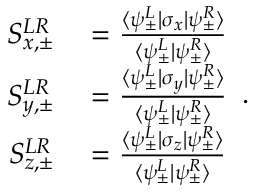
\begin{array} { r l } { S _ { x , \pm } ^ { L R } } & { { } = \frac { \langle \psi _ { \pm } ^ { L } | \sigma _ { x } | \psi _ { \pm } ^ { R } \rangle } { \langle \psi _ { \pm } ^ { L } | \psi _ { \pm } ^ { R } \rangle } } \\ { S _ { y , \pm } ^ { L R } } & { { } = \frac { \langle \psi _ { \pm } ^ { L } | \sigma _ { y } | \psi _ { \pm } ^ { R } \rangle } { \langle \psi _ { \pm } ^ { L } | \psi _ { \pm } ^ { R } \rangle } } \\ { S _ { z , \pm } ^ { L R } } & { { } = \frac { \langle \psi _ { \pm } ^ { L } | \sigma _ { z } | \psi _ { \pm } ^ { R } \rangle } { \langle \psi _ { \pm } ^ { L } | \psi _ { \pm } ^ { R } \rangle } } \end{array} .